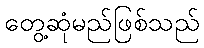
တွေ့ဆုံမည်ဖြစ်သည်